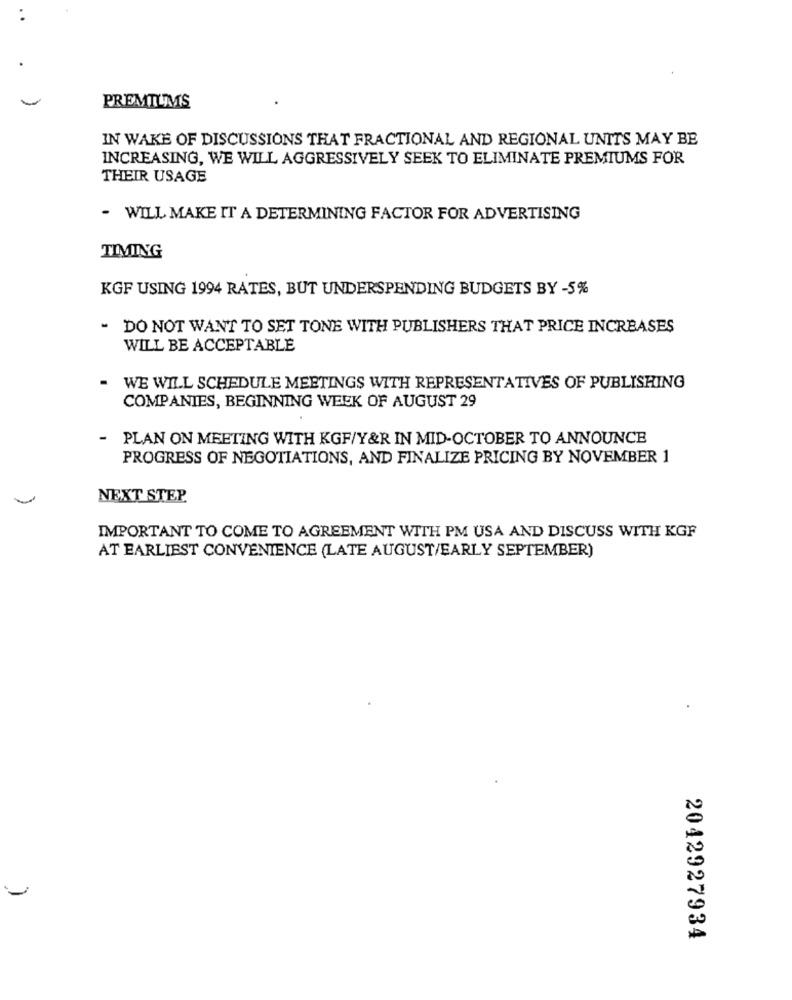
PREMIUMS
IN WAKE OF DISCUSSIONS THAT FRACTIONAL AND REGIONAL UNITS MAY BE
INCREASING, WE WILL AGGRESSIVELY SEEK TO ELIMINATE PREMIUMS FOR
THEIR USAGE
- WILL MAKE IT A DETERMINING FACTOR FOR ADVERTISING
TIMING
KGF USING 1994 RATES, BUT UNDERSPENDING BUDGETS BY -5%
- DO NOT WANT TO SET TONE WITH PUBLISHERS THAT PRICE INCREASES
WILL BE ACCEPTABLE
WE WILL SCHEDULE MEETINGS WITH REPRESENTATIVES OF PUBLISHING
COMPANIES, BEGINNING WEEK OF AUGUST 29
-
PLAN ON MEETING WITH KGF/Y&R IN MID-OCTOBER TO ANNOUNCE
PROGRESS OF NEGOTIATIONS, AND FINALIZE PRICING BY NOVEMBER 1
NEXT STEP
IMPORTANT TO COME TO AGREEMENT WITH PM USA AND DISCUSS WITH KGF
AT EARLIEST CONVENIENCE (LATE AUGUST/EARLY SEPTEMBER)
2042927934